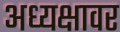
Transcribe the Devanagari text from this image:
अध्यक्षावर